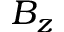
B _ { z }